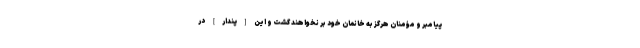
پيامبر و مؤمنان هرگز به خانمان خود بر نخواهند گشت و اين [پندار] در